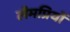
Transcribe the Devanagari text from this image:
लैमप्रियों